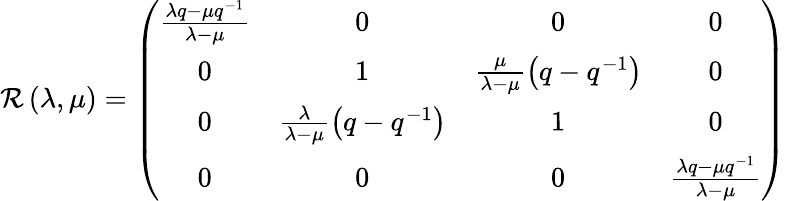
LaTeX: {\cal R}\left(\lambda,\mu\right)=\left(\begin{array}{cccc}{{\frac{\lambda q-\mu q^{-1}}{\lambda-\mu}}}&{{0}}&{{0}}&{{0}}\\ {{0}}&{{1}}&{{\frac\mu{\lambda-\mu}\left(q-q^{-1}\right)}}&{{0}}\\ {{0}}&{{\frac\lambda{\lambda-\mu}\left(q-q^{-1}\right)}}&{{1}}&{{0}}\\ {{0}}&{{0}}&{{0}}&{{\frac{\lambda q-\mu q^{-1}}{\lambda-\mu}}}\end{array}\right)